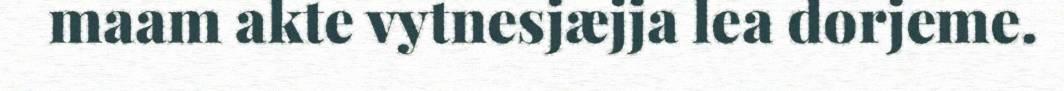
maam akte vytnesjæjja lea dorjeme.